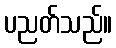
ပညတ်သည်။